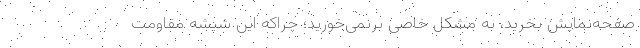
صفحه‌نمایش بخرید، به مشکل خاصی برنمی‌خورید؛ چراکه این شیشه مقاومت